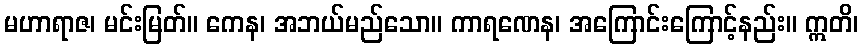
မဟာရာဇ၊ မင်းမြတ်။ ကေန၊ အဘယ်မည်သော။ ကာရဏေန၊ အကြောင်းကြောင့်နည်း။ ဣတိ၊